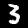
Label: 3